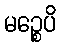
မဉ္စေပိ